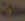
محلات